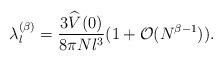
LaTeX: \begin{align*}\lambda_l^{(\beta)}=\frac{3\widehat V(0)}{8\pi Nl^3}(1+\mathcal{O}(N^{\beta-1})).\end{align*}